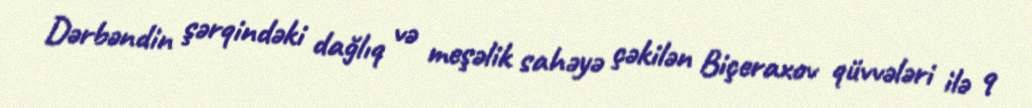
Dərbəndin şərqindəki dağlıq və meşəlik sahəyə çəkilən Biçeraxov qüvvələri ilə 9